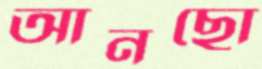
আনছো